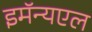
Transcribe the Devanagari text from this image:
इमॅन्यएल